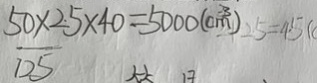
5 0 \times 2 5 \times 4 0 = 5 0 0 0 ( m ^ { 3 } )